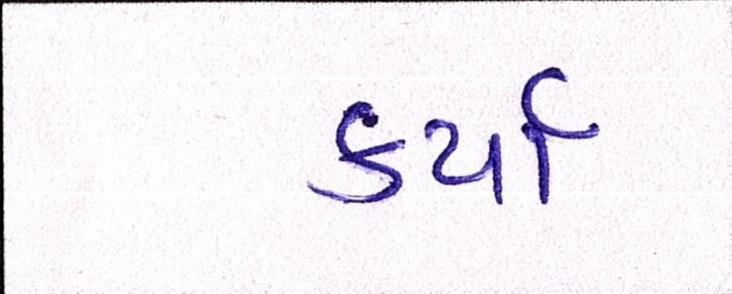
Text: કર્યાં